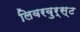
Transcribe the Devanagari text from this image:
लिवरवुर्स्ट